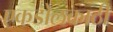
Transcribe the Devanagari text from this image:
एकडोलकाठी